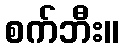
စက်ဘီး။